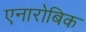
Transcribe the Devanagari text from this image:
एनारोबिक